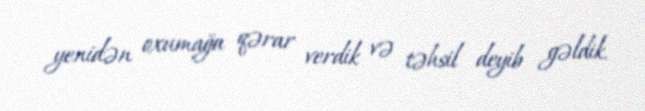
yenidən oxumağa qərar verdik və təhsil deyib gəldik.